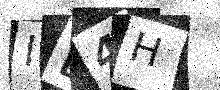
Text: IL4H